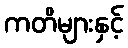
ကတိများနှင့်